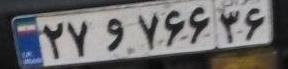
۲۷و۷۶۶۳۶